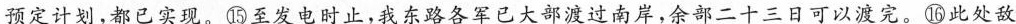
预定计划，都已实现。⑮至发电时止，我东路各军已大部渡过南岸，余部二十三日可以渡完。⑯此处敌